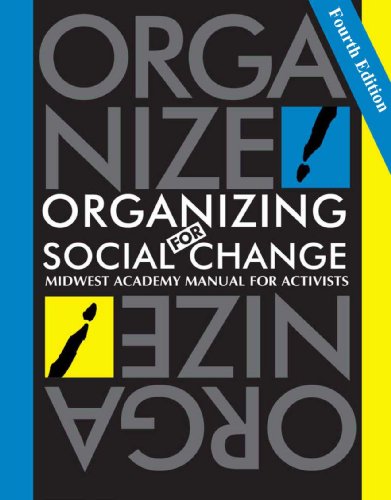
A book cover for Organizing for Social Change 4th Edition; Bobo/Kendall/Max; Business & Money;